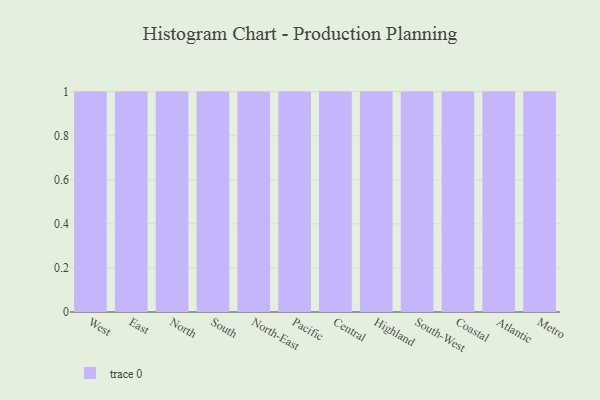
{"axis": {"x": "Region", "y": "Page Views"}, "legend": [""], "data": [{"x": "West", "y": 99, "type": ""}, {"x": "East", "y": 1, "type": ""}, {"x": "North", "y": 53, "type": ""}, {"x": "South", "y": 69, "type": ""}, {"x": "North-East", "y": 68, "type": ""}, {"x": "Pacific", "y": 4, "type": ""}, {"x": "Central", "y": 30, "type": ""}, {"x": "Highland", "y": 15, "type": ""}, {"x": "South-West", "y": 34, "type": ""}, {"x": "Coastal", "y": 39, "type": ""}, {"x": "Atlantic", "y": 2, "type": ""}, {"x": "Metro", "y": 70, "type": ""}]}